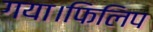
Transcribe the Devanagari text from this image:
गया।फिलिप